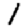
Digit: 1